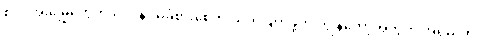
စပါးအုံးမြွေတွေကို ဝေဒနာ မခံစားစေဘဲ သတ်ဖြတ်ဖို့က ကျွန်တော့်အတွက် အရမ်းကို